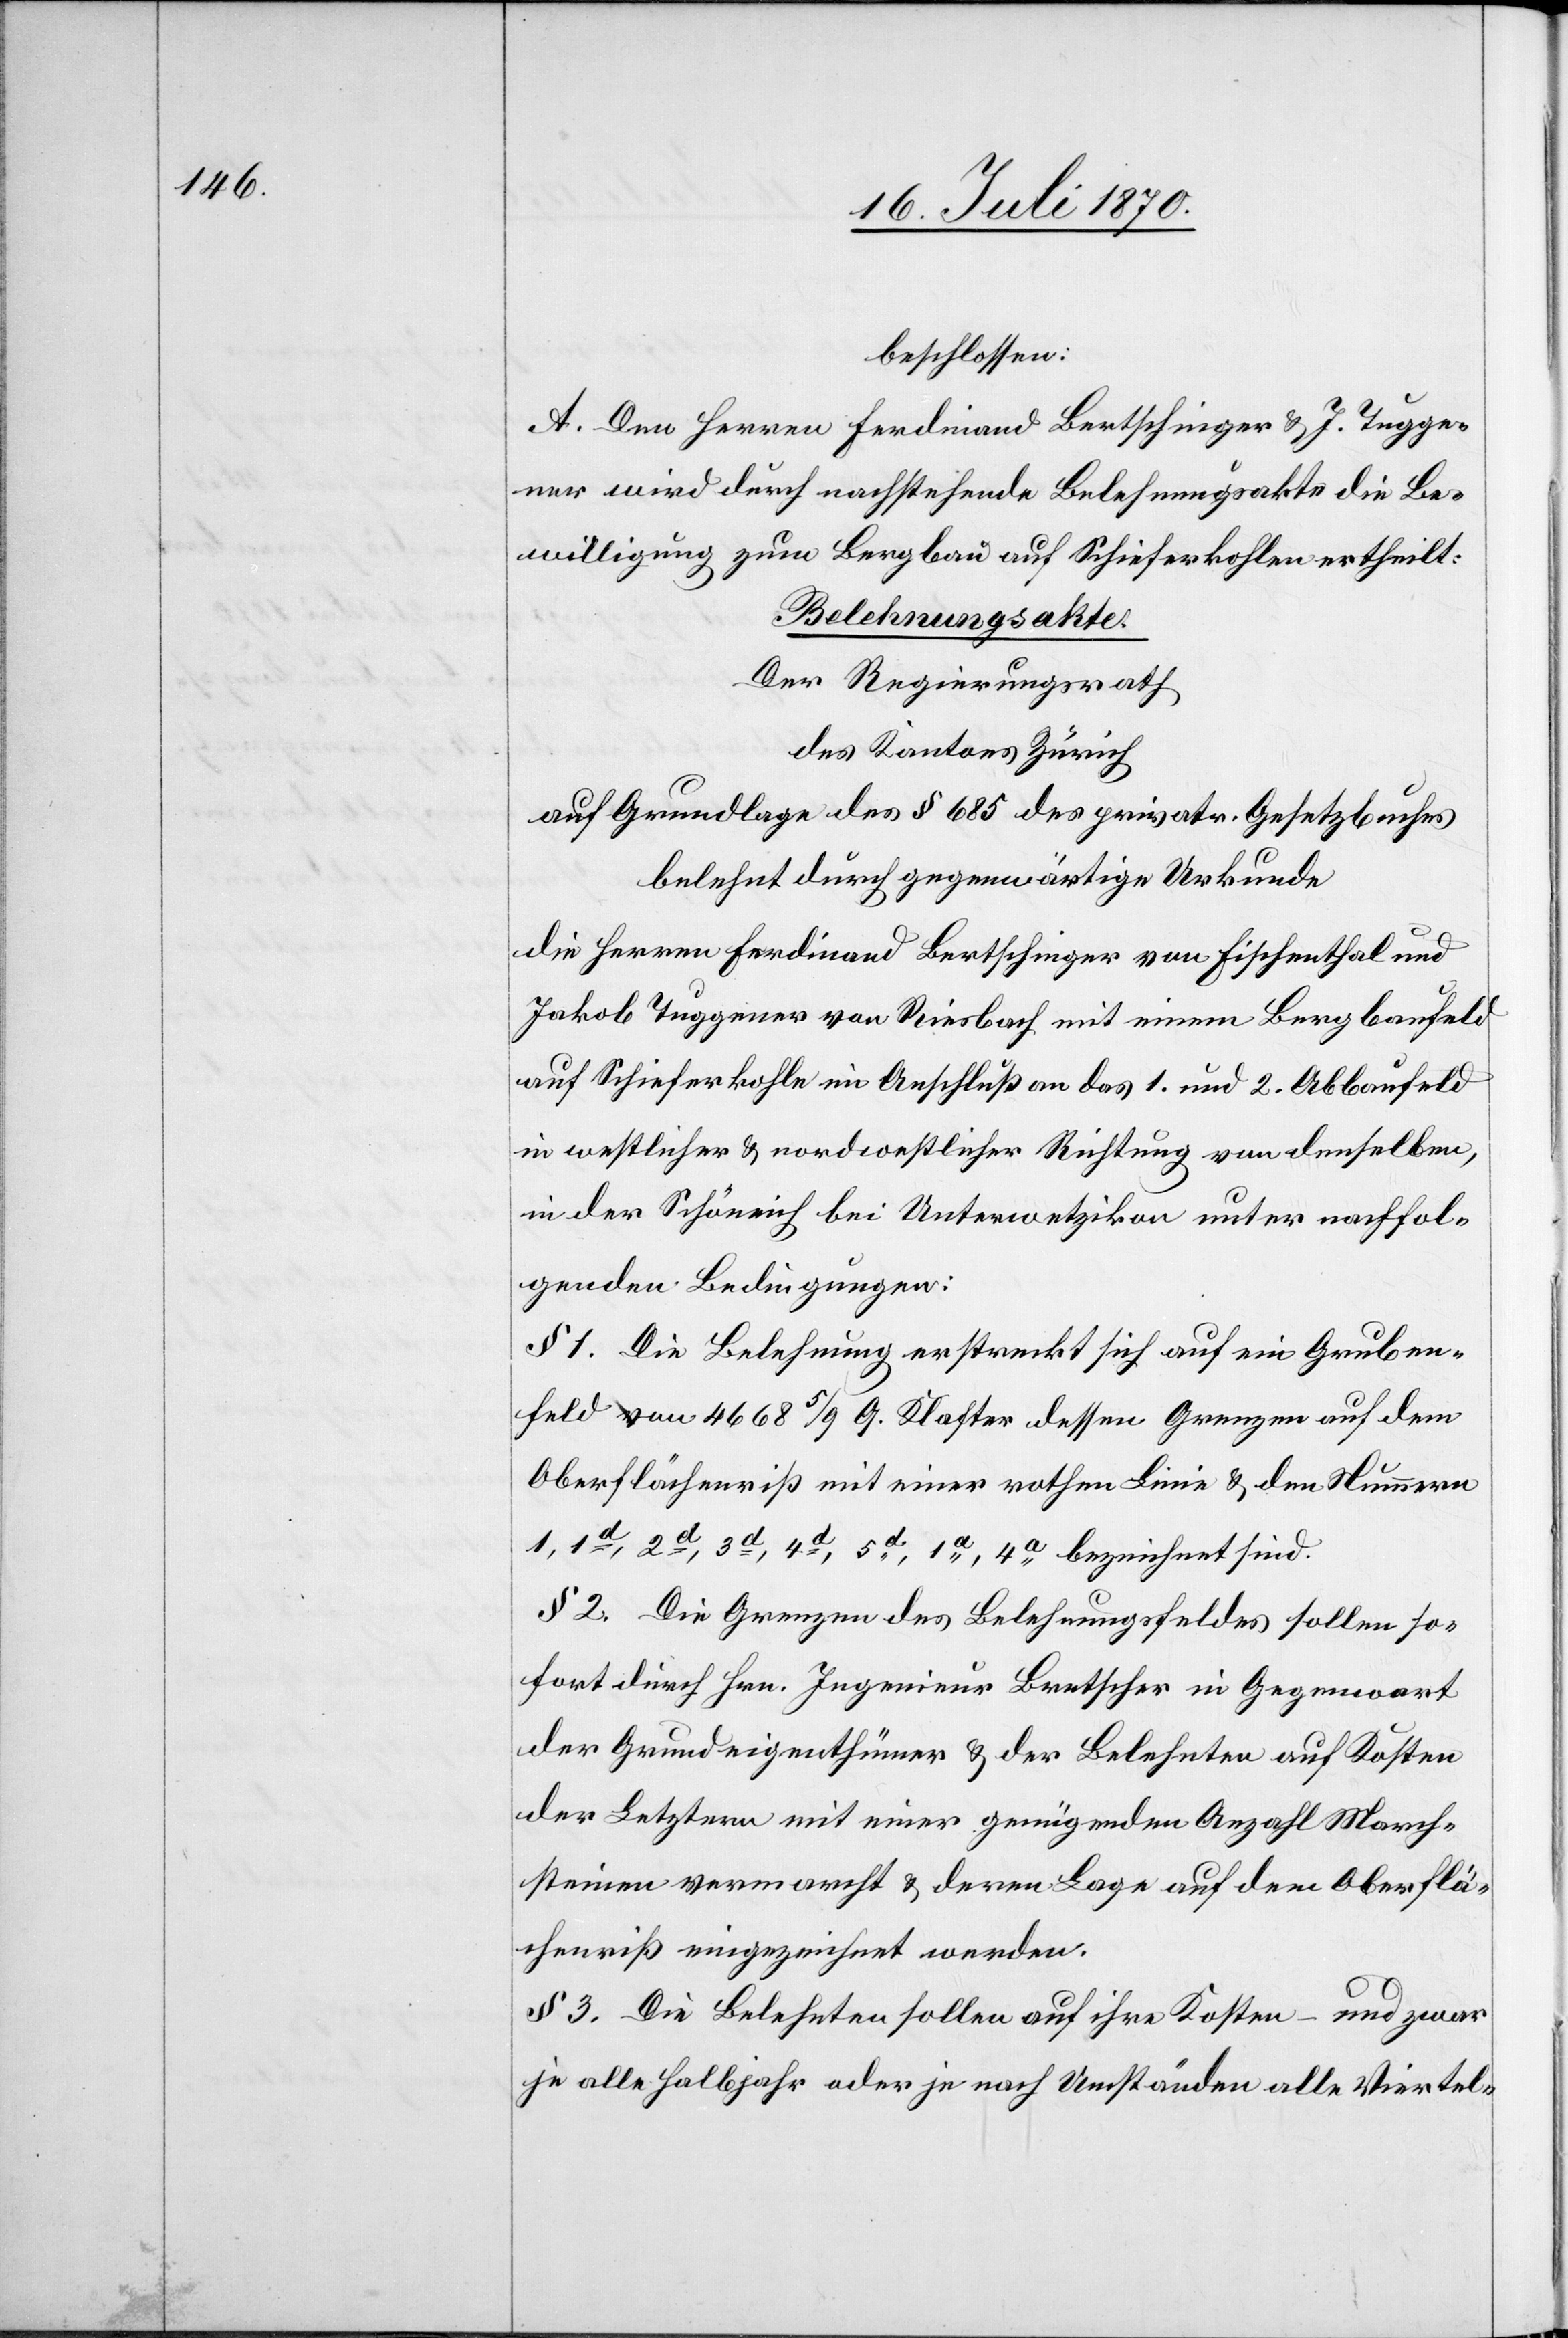
beschlossen:
A. Den Herren Ferdinand Bertschinger & J. Tugge¬
ner wird durch nachstehende Belehnungsakte die Be¬
willigung zum Bergbau auf Schieferkohlen ertheilt:
Belehnungsakte.
Der Regierungsrath
des Kantons Zürich
auf Grundlage des § 685 des privatr. Gesetzbuches
belehnt durch gegenwärtige Urkunde
die Herren Ferdinand Bertschinger von Fischenthal und
Jakob Tuggener von Riesbach mit einem Bergbaufeld
auf Schieferkohle im Anschluß an das 1. und 2. Abbaufeld
in westlicher & nordwestlicher Richtung von demselben,
in der Schöneich bei Unterwetzikon unter nachfol¬
genden Bedingungen:
§ 1. Die Belehnung erstreckt sich auf ein Gruben¬
feld von 4668 5/9 Q. Klafter[,] dessen Grenzen auf dem
Oberflächenriß mit einer rothen Linie & den Nummern
1, 1d, 2d, 3d, 4d, 5d, 1a, 4a bezeichnet sind.
§ 2. Die Grenzen des Belehnungsfeldes sollen so¬
fort durch Hrn. Ingenieur Bretscher in Gegenwart
der Grundeigenthümer & der Belehnten auf Kosten
der Letztern mit einer genügenden Anzahl March¬
steinen vermacht & deren Lage auf dem Oberflä¬
chenriß eingezeichnet werden.
§ 3. Die Belehnten sollen auf ihre Kosten – und zwar
je alle Halbjahr oder je nach Umständen alle Viertel-